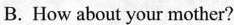
B.How about your mother?